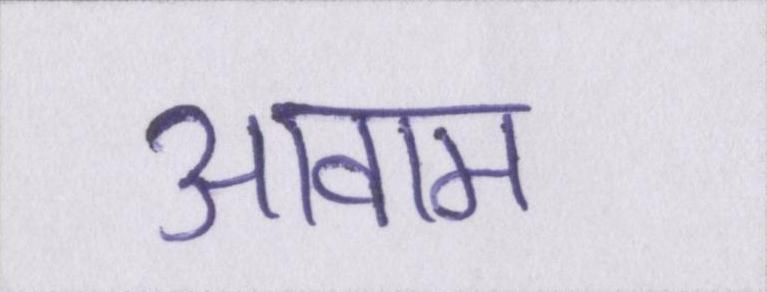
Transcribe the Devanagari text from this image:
आवाम